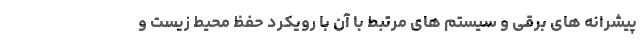
پیشرانه های برقی و سیستم های مرتبط با آن با رویکرد حفظ محیط زیست و